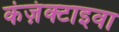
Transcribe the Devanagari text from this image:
कंज़ंक्टाइवा